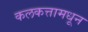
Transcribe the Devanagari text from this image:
कलकत्तामधून